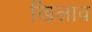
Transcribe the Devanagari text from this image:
खिलाव